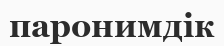
паронимдік